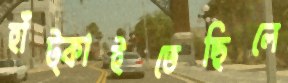
হাঁট্‌কাইতেছিলে